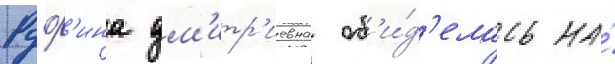
Руф'ина дм'итр'иевна об'и́д'елась на́